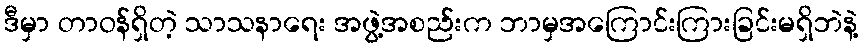
ဒီမှာ တာဝန်ရှိတဲ့ သာသနာရေး အဖွဲ့အစည်းက ဘာမှအကြောင်းကြားခြင်းမရှိဘဲနဲ့